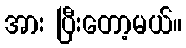
အား ပြီးတော့မယ်။